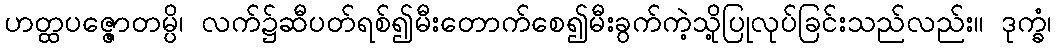
ဟတ္ထပဇ္ဇောတမ္ပိ၊ လက်၌ဆီပတ်ရစ်၍မီးတောက်စေ၍မီးခွက်ကဲ့သို့ပြုလုပ်ခြင်းသည်လည်း။ ဒုက္ခံ၊